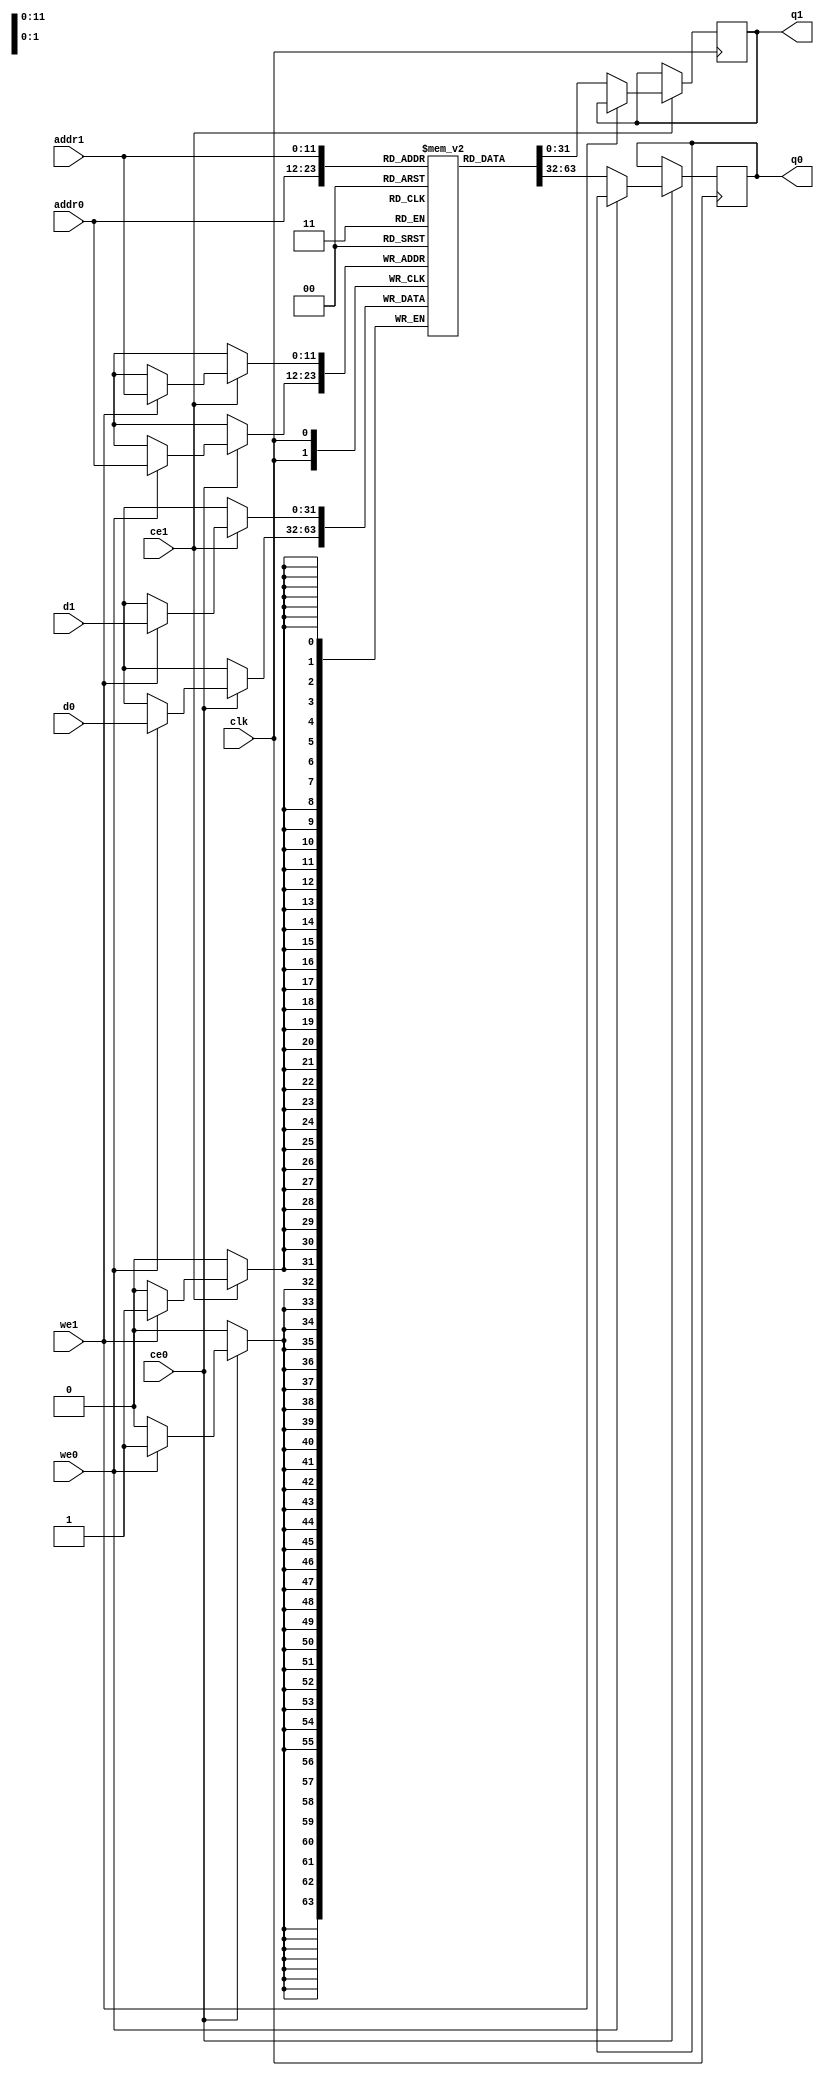
`timescale 1 ns / 1 ps
module true_dpbram (
	clk, 
	addr0, 
	ce0, 
	we0, 
	q0, 
	d0, 
	addr1, 
	ce1, 
	we1,
	q1, 
	d1
);

parameter DWIDTH = 32; //parameter DWIDTH = 16; (data_mover_bram)
parameter AWIDTH = 12;
parameter MEM_SIZE = 4096;

input clk;

input[AWIDTH-1:0] addr0;
input ce0;
input we0;
output reg[DWIDTH-1:0] q0; // yunho -> q0 = dout0
input[DWIDTH-1:0] d0;	   // yunho -> d0 = din0

input[AWIDTH-1:0] addr1;
input ce1;
input we1;
output reg[DWIDTH-1:0] q1; // yunho -> q1 = dout0
input[DWIDTH-1:0] d1;	   // yunho -> d1 = din1

(* ram_style = "block" *)reg [DWIDTH-1:0] ram[0:MEM_SIZE-1];

always @(posedge clk)  
begin 
    if (ce0) begin
        if (we0) 
            ram[addr0] <= d0; // yunho -> write (d0 = din0 =>  Write    )
		else
        	q0 <= ram[addr0]; // yunho -> read ( q0 = dout0 => Read     Data Port)
    end
end

always @(posedge clk)  
begin 
    if (ce1) begin
        if (we1) 
            ram[addr1] <= d1;
		else
        	q1 <= ram[addr1];
    end
end

endmodule